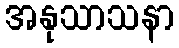
အနုသာသနာ